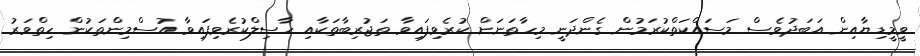
ވީމީޑިޔާއިން އަބަދުވެސް މަސައްކަތްކުރަމުން ގެންދަނީ މިހާތަނަށް ކުރެވިފައިވާ ތަޖުރިބާތަކާއި ހާސިލްކުރެވިފައިވާ އުސްމިންތަކުން ހިތްވަރު